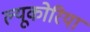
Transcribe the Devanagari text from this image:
ल्यूकोरिया